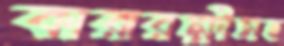
কারারক্ষীসহ